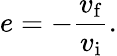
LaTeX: e=-{\frac{v_{\mathrm{f}}}{v_{\mathrm{i}}}}.